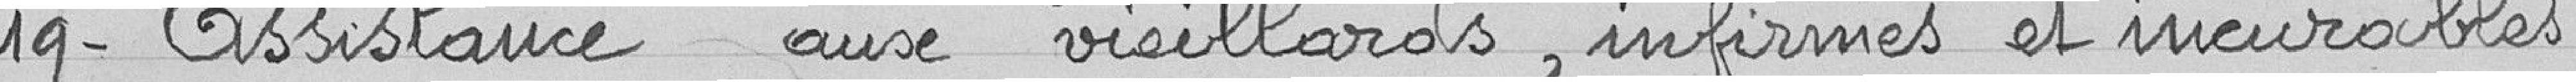
19- Assistance aux vieillards, infirmes et incurables.